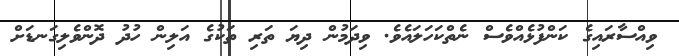
ވިއްސާރައިގެ ކަންފުޅެއްވެސް ނެތްކަހަލައެވެ. ވިދަމުން ދިޔަ ތަރި ތަކުގެ އަލިން ހުދު ދޮންވެލިގަނޑަށް